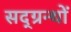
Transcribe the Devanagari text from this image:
सद्ग्रन्थों